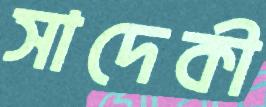
সাদেকী